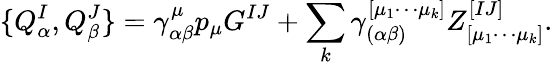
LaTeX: \{ Q_{\alpha}^{I},Q_{\beta}^{J}\} =\gamma_{\alpha\beta}^{\mu}p_{\mu}G^{IJ}+\sum_{k}\gamma_{(\alpha\beta)}^{[\mu_{1}\cdots\mu_{k}]}Z_{[\mu_{1}\cdots\mu_{k}]}^{[IJ]}.